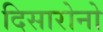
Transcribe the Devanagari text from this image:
दिसारोनो